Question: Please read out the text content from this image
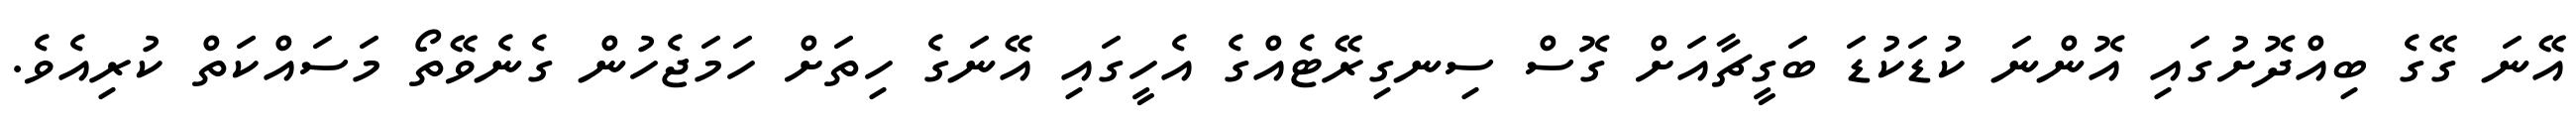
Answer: އޭނަ ގޭގެ ބިއްދޮށުގައި އޮންނަ ކުޑަކުޑަ ބަގީޗާއަށް ގޮސް ސިނގިރޭޓެއްގެ އެހީގައި އޭނަގެ ހިތަށް ހަމަޖެހުން ގެނެވޭތޯ މަސައްކަތް ކުރިއެވެ.